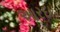
આરદા